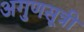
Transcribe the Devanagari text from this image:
अगुणसूत्री